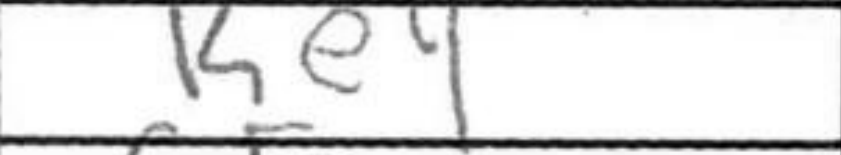
Transcription: Ke4